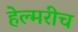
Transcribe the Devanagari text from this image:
हेल्मरीच